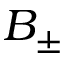
B _ { \pm }